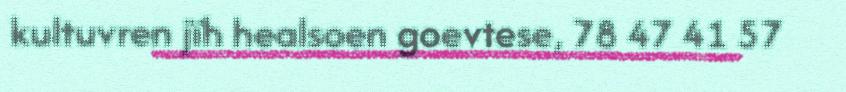
kultuvren jïh healsoen goevtese, 78 47 41 57